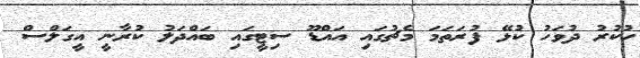
ހުކުރު ދުވަހު ކުޅޭ ފުރަތަމަ މެޗުގައި އައްޑޫ ސިޓީގައި ބައްދަލު ކުރާނީ އީގަލްސް